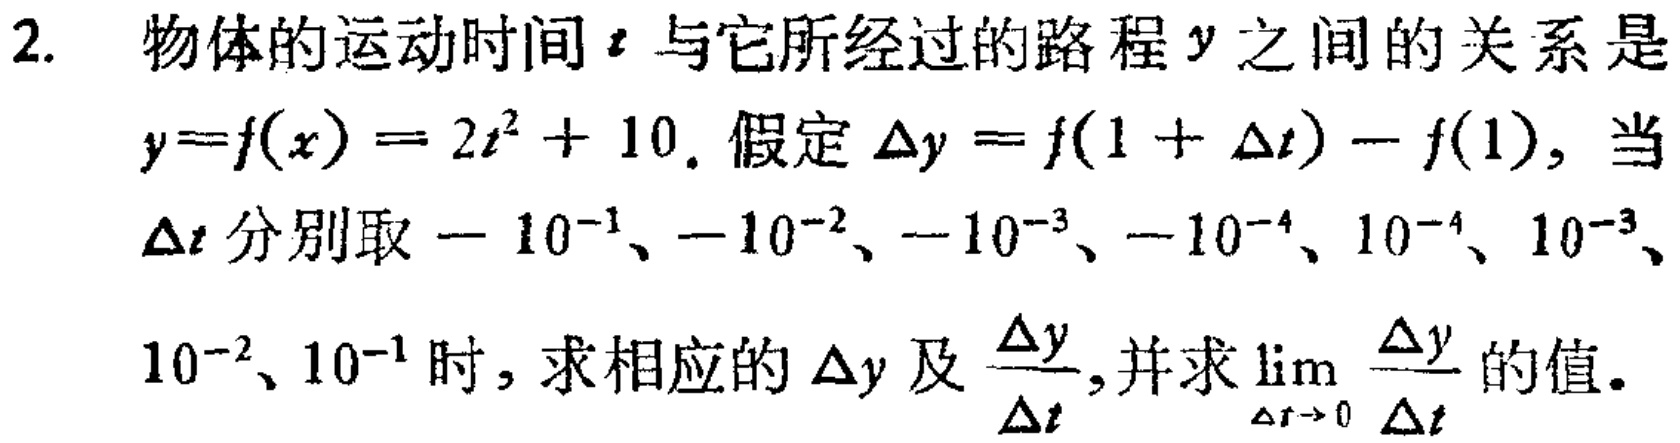
2. 物体的运动时间$t$与它所经过的路程$y$之间的关系是
$y = f(x)=2t^{2}+10$. 假定$\Delta y = f(1 + \Delta t)-f(1)$，当
$\Delta t$分别取$-10^{-1}$、$-10^{-2}$、$-10^{-3}$、$-10^{-4}$、$10^{-4}$、$10^{-3}$、
$10^{-2}$、$10^{-1}$时，求相应的$\Delta y$及$\frac{\Delta y}{\Delta t}$,并求$\lim\limits_{\Delta t\rightarrow 0}\frac{\Delta y}{\Delta t}$的值。